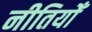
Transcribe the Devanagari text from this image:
नीतियोँ